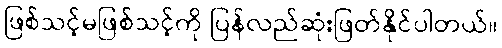
ဖြစ်သင့်မဖြစ်သင့်ကို ပြန်လည်ဆုံးဖြတ်နိုင်ပါတယ်။